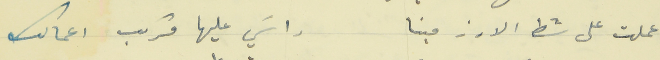
عملت على شط الارز مينا                                  راسَي عليها مركب اعمالك